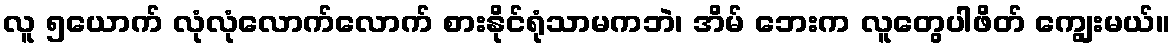
လူ ၅ယောက် လုံလုံလောက်လောက် စားနိုင်ရုံသာမကဘဲ၊ အိမ် ဘေးက လူတွေပါဖိတ် ကျွေးမယ်။